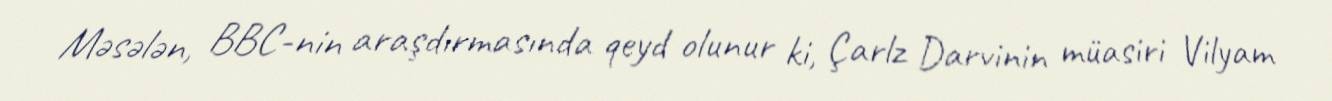
Məsələn, BBC-nin araşdırmasında qeyd olunur ki, Çarlz Darvinin müasiri Vilyam